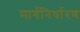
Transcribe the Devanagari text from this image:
मार्गनिर्धारण